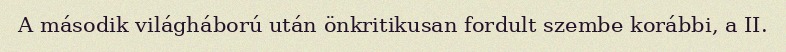
A második világháború után önkritikusan fordult szembe korábbi, a II.